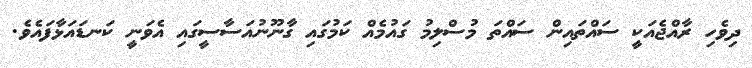
ދިވެހި ރާއްޖެއަކީ ސައްތައިން ސައްތަ މުސްލިމު ގައުމެއް ކަމުގައި ގާނޫނުއަސާސީގައި އެވަނީ ކަނޑައަޅާފައެވެ.